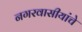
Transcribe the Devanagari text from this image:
नगरवासीयांचे